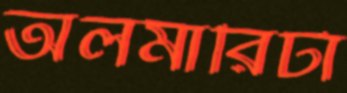
অলমারিটা